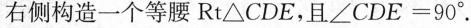
右侧构造一个等腰Rt△CDE，且$$∠ C D E = 9 0 °$$.